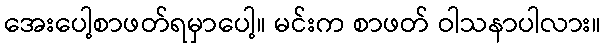
အေးပေါ့စာဖတ်ရမှာပေါ့။ မင်းက စာဖတ် ဝါသနာပါလား။